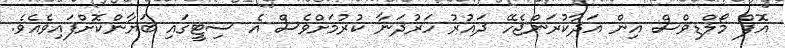
އޮފް މޯލްޑިވްސް އިން އަދާކުރަންޖެހޭ ދައުރު ހަރުދަނާ ކުރުމަށްވެސް އެ ސިޓީގައި ބަޔާންކޮށްފައިވެއެވެ.